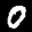
Label: 0